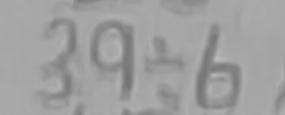
3 9 \div 6